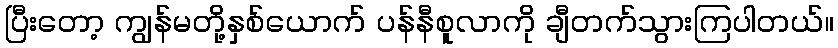
ပြီးတော့ ကျွန်မတို့နှစ်ယောက် ပန်နီစူလာကို ချီတက်သွားကြပါတယ်။